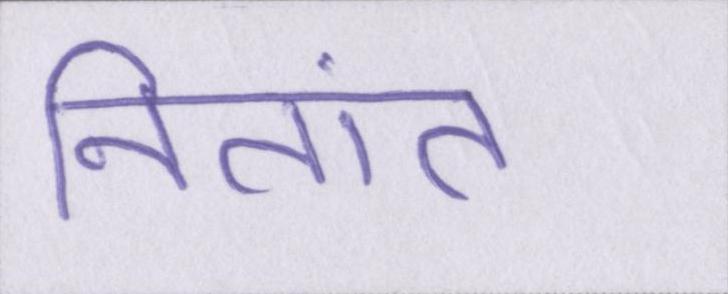
नितांत